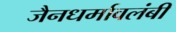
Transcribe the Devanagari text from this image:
जैनधर्मावलंबी